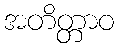
အတိတ္တာဝ